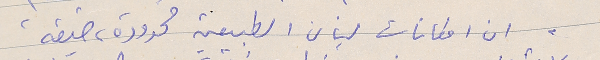
ان امكانات لبنان الطبيعية محدودة، ضيقة